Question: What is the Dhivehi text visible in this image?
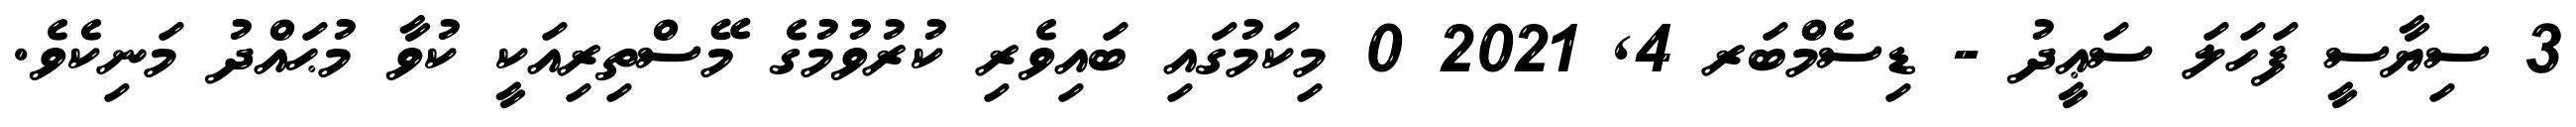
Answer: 3 ސިޔާސީ ފަހަލަ ސަޢީދު - ޑިސެމްބަރ 4, 2021 0 މިކަމުގައި ބައިވެރި ކުރުވުމުގެ މޭސްތިރިއަކީ ކުވާ މުޙައްދު މަނިކެވެ.